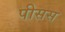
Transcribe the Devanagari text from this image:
पीसस